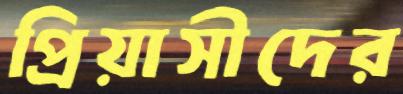
প্রিয়াসীদের